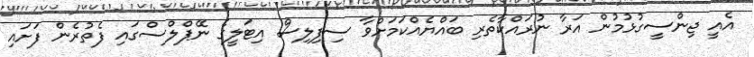
އެއީ ޖިންސީގުޅުމުން އަރާ ނުރައްކާތެރި ބައްޔެއްކަމަށްވާ ސިފިލިސް އިޓަލީގެ ނޭޕްލްސްގައި ފެތުރެން ފަށައި